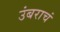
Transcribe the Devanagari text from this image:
उंबराचं